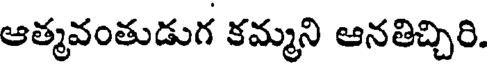
ఆత్మవంతుడుగ కమ్మని ఆనతిచ్చిరి.